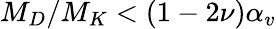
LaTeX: M_{D}/M_{K}<(1-2\nu)\alpha_{v}